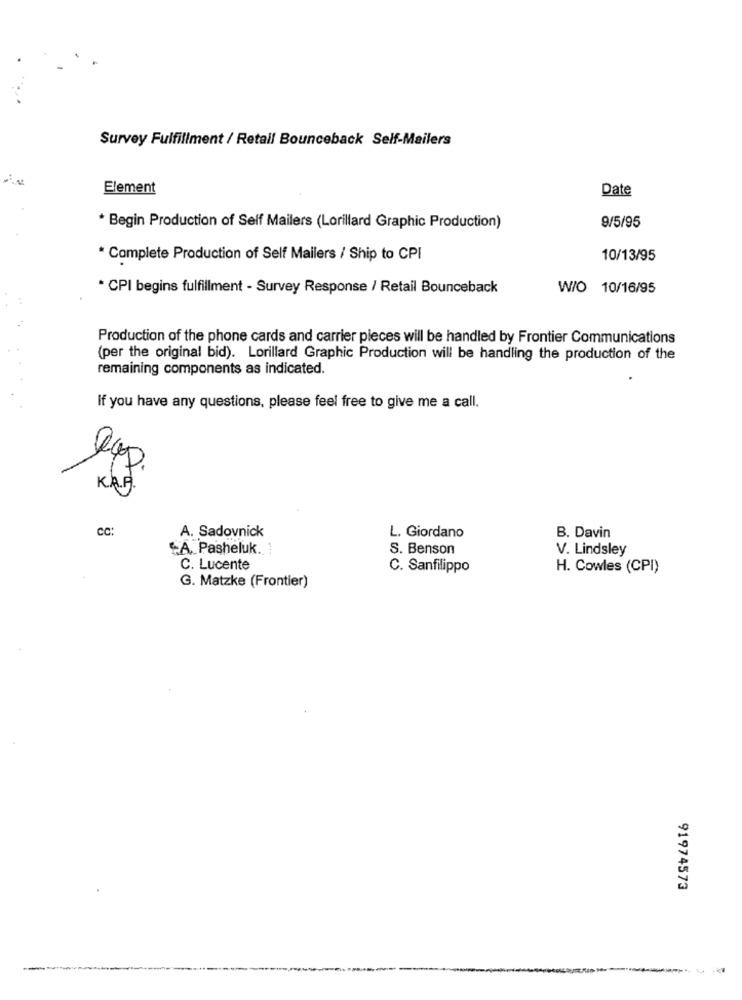
Survey Fulfillment / Retail Bounceback Self-Mailers
Element
Date
* Begin Production of Self Mailers (Lorillard Graphic Production)
9/5/95
* Complete Production of Self Mailers / Ship to CPI
10/13/95
* CPI begins fulfillment - Survey Response / Retail Bounceback
W/O 10/16/95
Production of the phone cards and carrier pieces will be handled by Frontier Communications
(per the original bid). Lorillard Graphic Production will be handling the production of the
remaining components as indicated.
If you have any questions, please feel free to give me a call.
KAP.
CC:
A. Sadovnick
L. Giordano
B. Davin
"A. Pasheluk. ]
S. Benson
V. Lindsley
C. Lucente
C. Sanfilippo
H. Cowles (CPI)
G. Matzke (Frontier)
91974573